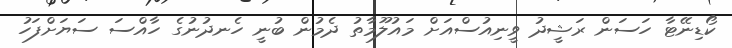
ކޯޑިނޭޓާ ހަސަން ރަޝީދު ވީނިއުސްއަށް މައުލޫމާތު ދެމުން ބުނީ ހެނދުނުގެ ހާއްސަ ސަޔަށްފަހު